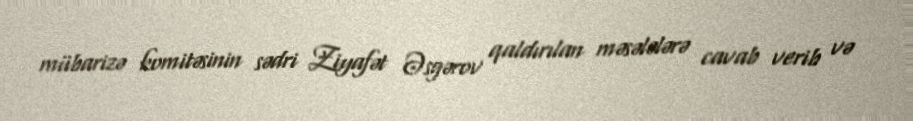
mübarizə komitəsinin sədri Ziyafət Əsgərov qaldırılan məsələlərə cavab verib və